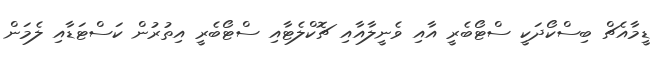
ޑީމާއެޗް ބިސްކޯދަކީ ސްޓޯބެރީ އާއި ވެނީލާއާއި ޗޮކްލެޓާއި ސްޓޯބެރީ އިތުރުން ކަސްޓަޑާއި ލެމަން